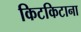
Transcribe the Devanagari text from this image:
किटकिटाना